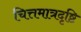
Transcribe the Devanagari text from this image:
चित्तमात्रदृष्टि